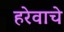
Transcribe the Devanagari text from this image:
हरेवाचे